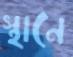
স্থানে